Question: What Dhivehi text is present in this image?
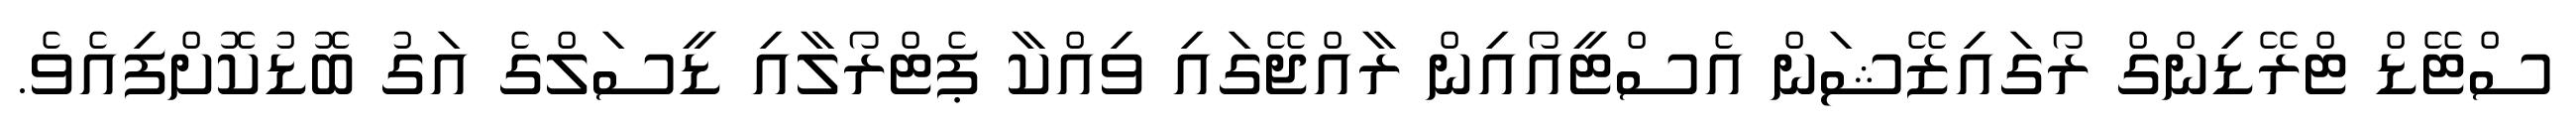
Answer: ސްޓޭޑް ޓްރޭޑިންގް ރޯގައިޒޭޝަން އެސްޓީއޯއިން ރާއްޖޭގައި ވިއްކާ ޕެޓްރޯލާއި ޑީސަލްގެ އަގު ބޮޑުކޮށްފިއެވެ.